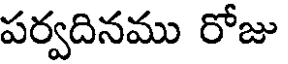
పర్వదినము రోజు